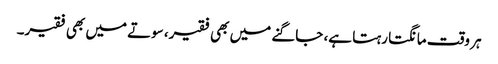
ہر وقت مانگتا رہتا ہے، جاگنے میں بھی فقیر، سوتے میں بھی فقیر۔